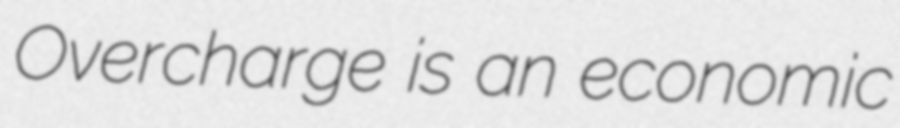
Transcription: Overcharge is an economic